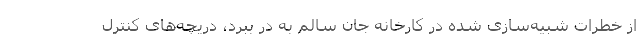
از خطرات شبیه‌سازی شده در کارخانه جان سالم به در ببرد، دریچه‌های کنترل